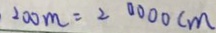
2 0 0 m = 2 0 0 0 0 c m